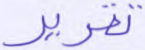
تقرير